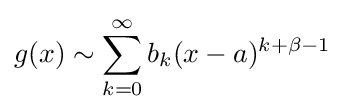
g(x)\sim \sum _{k=0}^{\infty }b_{k}(x-a)^{k+\beta -1}